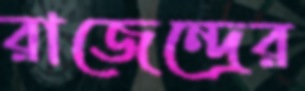
রাজেন্দ্রের